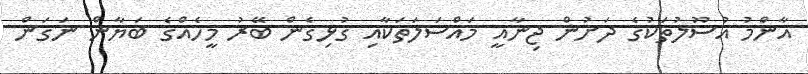
އާންމު އުސޫލުތަކުގެ ދަށުން ޖިނާއީ މައްސަލަތަކާއި ގުޅިގެން ބޭރު މީހެއްގެ ބަޔާން ނަގަން